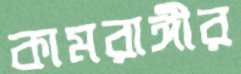
কামরাঙ্গীর